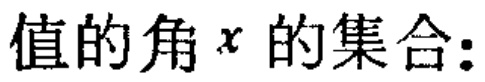
值的角\(x\)的集合: